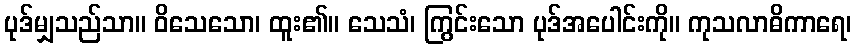
ပုဒ်မျှသည်သာ။ ဝိသေသော၊ ထူး၏။ သေသံ၊ ကြွင်းသော ပုဒ်အပေါင်းကို။ ကုသလာဓိကာရေ၊